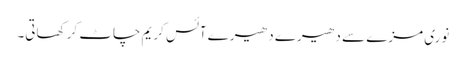
نوری مزے سے دھیرے دھیرے آئس کریم چاٹ کر کھاتی۔